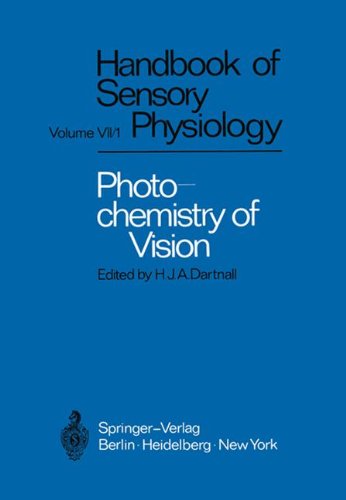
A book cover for Photochemistry of Vision (Handbook of Sensory Physiology); Science & Math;